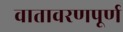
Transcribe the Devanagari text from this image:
वातावरणपूर्ण